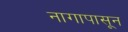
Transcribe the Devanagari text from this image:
नागापासून